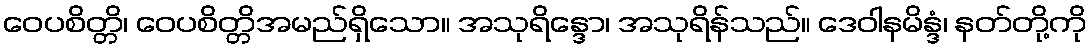
ဝေပစိတ္တိ၊ ဝေပစိတ္တိအမည်ရှိသော။ အသုရိန္ဒော၊ အသုရိန်သည်။ ဒေဝါနမိန္ဒံ၊ နတ်တို့ကို